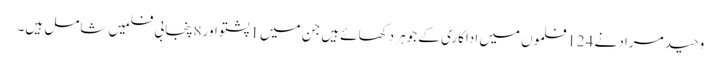
وحید مراد نے 124فلموں میں اداکاری کے جوہر دکھائے ہیں جن میں 1پشتو اور 8پنجابی فلمیں شامل ہیں۔